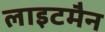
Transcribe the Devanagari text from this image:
लाइटमैन